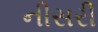
નીસરી